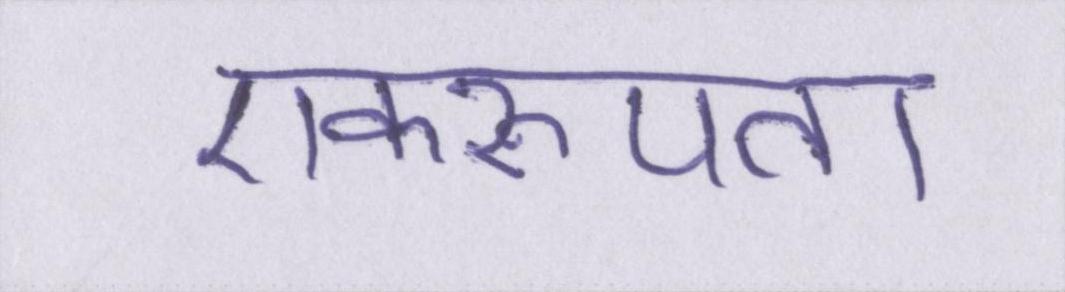
एकरूपता